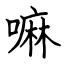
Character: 嘛